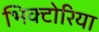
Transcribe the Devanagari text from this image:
भिक्टोरिया